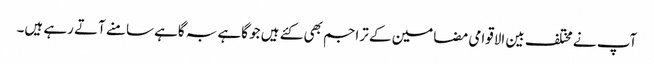
آپ نے مختلف بین الاقوامی مضامین کے تراجم بھی کئے ہیں جو گاہے بہ گاہے سامنے آتے رہے ہیں۔